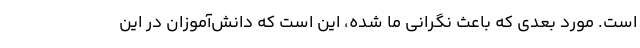
است. مورد بعدی که باعث نگرانی ما شده، این است که دانش‌آموزان در این